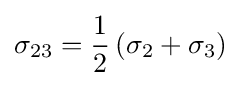
{\sigma _{23}}={\frac {1}{2}}\left({{\sigma _{2}}+{\sigma _{3}}}\right)